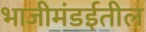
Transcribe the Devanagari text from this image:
भाजीमंडईतील